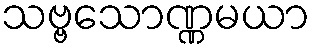
သဗ္ဗသောဏ္ဏမယာ